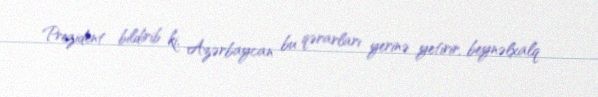
Prezident bildirib ki, Azərbaycan bu qərarları yerinə yetirir, beynəlxalq